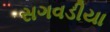
સગવડીયા